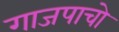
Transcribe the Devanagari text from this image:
गाजपाचो